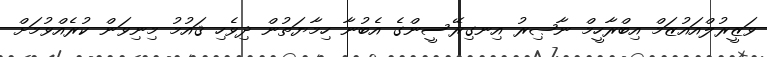
ވަޒީރުލްއައުޒަމް އިބްރާހީމް ނާޞިރު އިނގިރޭސީންގެ އެބުނާ ހިމާޔަތުން ދިވެހި ޤައުމު މިނިވަން ކުރެއްވުމަށް